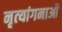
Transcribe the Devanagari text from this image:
नृत्‍यांगनाओं